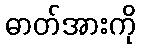
ဓာတ်အားကို